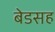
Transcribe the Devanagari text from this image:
बेडसह